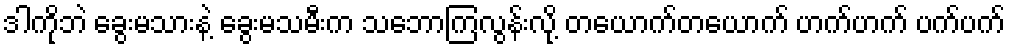
ဒါကိုဘဲ ခွေးမသားနဲ့ ခွေးမသမီးက သဘောကြလွန်းလို့ တယောက်တယောက် ဟက်ဟက် ပက်ပက်